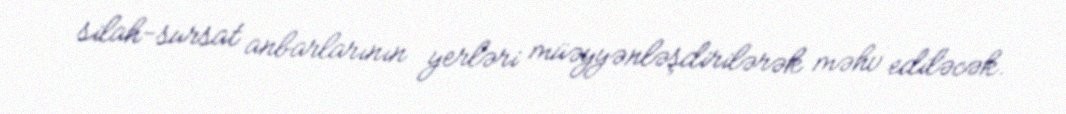
silah-sursat anbarlarının yerləri müəyyənləşdirilərək məhv ediləcək.